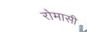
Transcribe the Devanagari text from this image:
रोमासी